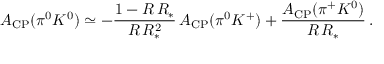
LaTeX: A _ { \mathrm { C P } } ( \pi ^ { 0 } K ^ { 0 } ) \simeq - \frac { 1 - R \, R _ { * } } { R \, R _ { * } ^ { 2 } } \, A _ { \mathrm { C P } } ( \pi ^ { 0 } K ^ { + } ) + \frac { A _ { \mathrm { C P } } ( \pi ^ { + } K ^ { 0 } ) } { R \, R _ { * } } \, .